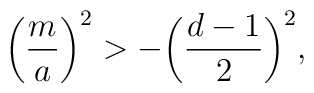
\left( {m \over a}\right)^2 > -\biggl({d-1 \over 2}\biggr)^2,